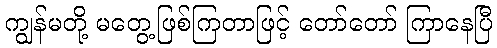
ကျွန်မတို့ မတွေ့ဖြစ်ကြတာဖြင့် တော်တော် ကြာနေပြီ